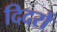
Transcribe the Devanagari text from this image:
दिदरों